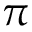
\pi